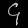
Digit: ၄